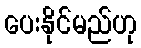
ပေးနိုင်မည်ဟု